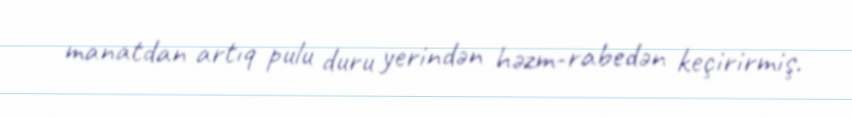
manatdan artıq pulu duru yerindən həzm-rabedən keçirirmiş.